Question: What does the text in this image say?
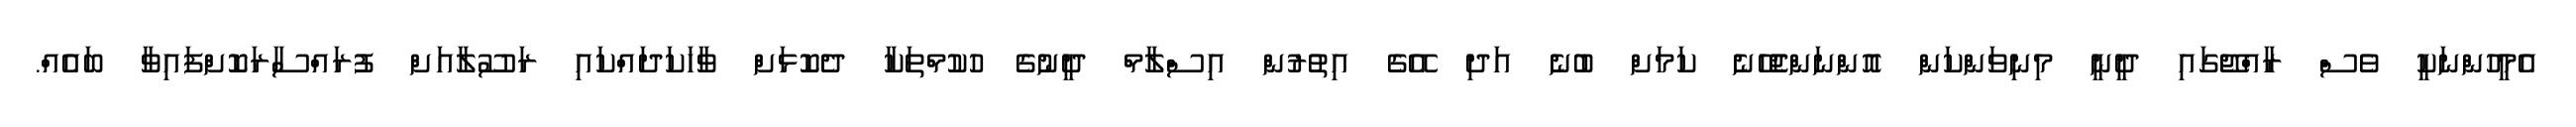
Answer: އެމީހުންނަކީ ވެސް ރާއްޖޭގައި ދީނީ މިނިވަންކަން އޮންނަންޖެހޭނެ ކަމަށް ބުނެ އަދި އޭގެ އިތުރުން އިސްލާމް ދީނުގެ ހުކުމްތަކާ ދެކޮޅަށް ވާހަކަދައްކައި ރަސޫލާއަށް ފުރައްސާރަކޮށްފައިވާ ބައެއް.